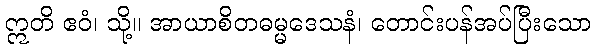
ဣတိ ဧဝံ၊ သို့။ အာယာစိတဓမ္မဒေသနံ၊ တောင်းပန်အပ်ပြီးသော